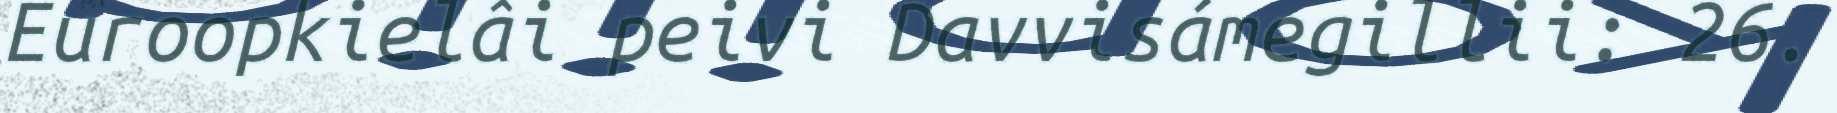
Euroopkielâi peivi Davvisámegillii: 26.